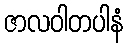
ဇာလဝါတပါနံ